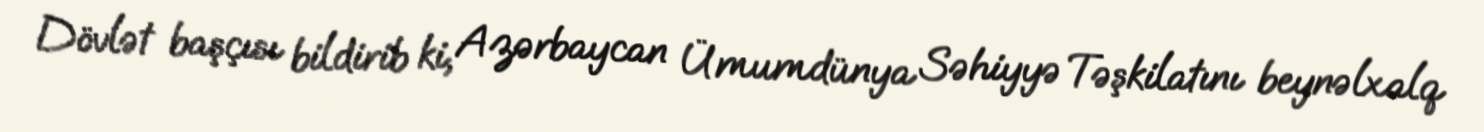
Dövlət başçısı bildirib ki, Azərbaycan Ümumdünya Səhiyyə Təşkilatını beynəlxalq